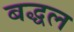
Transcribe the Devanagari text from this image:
बद्धल